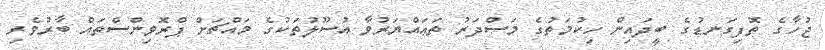
ޖުހާގެ ތޮފިގަނޑުގެ ބީދައިން ހިކުމަތުގެ މަސްދަރު ތަޢައްޔަރުވާ އުސޫލުތަކުގެ މައްޗަށް ޕްރޮވިންސްތައް ބާރުވެރި